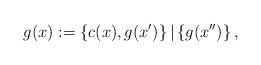
LaTeX: \begin{align*} g(x):=\left\{ c(x),g(x')\right\} |\left\{ g(x'')\right\} , \end{align*}